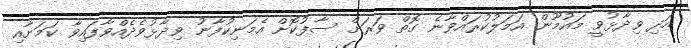
އަދި ވިދާޅުވީ މައުމޫން އަމަލުކުރައްވާނެ ގޮތް ވަރަށް ސާފުކޮށް އެމަނިކުފާނު ވިދާޅުވެދެއްވާފައިވާ ކަމަށާއި